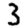
Digit: 3